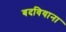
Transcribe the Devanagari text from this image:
बदवियाना